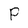
Character: P